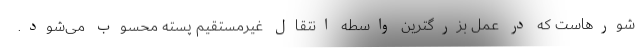
شورهاست که در عمل بزرگترین واسطه انتقال غیرمستقیم پسته محسوب می‌شود.